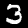
Label: 3